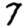
Digit: 7